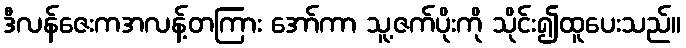
ဒီလန်ဇေးကအလန့်တကြား အော်ကာ သူ့ဇက်ပိုးကို သိုင်း၍ထူပေးသည်။